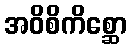
အဝိစိကိစ္ဆော